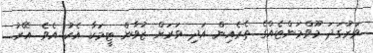
ވަރުގަދަ މޫވްމަންޓެއްގެ ތެރެއިން އަދި ވަރަށް ޒުވާން ޓީމަކާ އެކު އެވެ. އޭރު